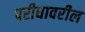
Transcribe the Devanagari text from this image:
परीघावरील